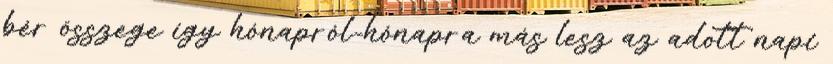
bér összege így hónapról-hónapra más lesz az adott napi